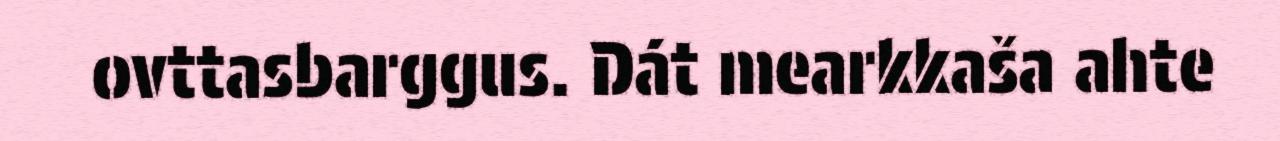
ovttasbarggus. Dát mearkkaša ahte